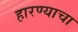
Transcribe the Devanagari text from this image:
हारण्याचा